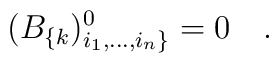
(B_{\{k})^0_{i_1,...,i_n\}}=0~~~.